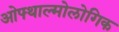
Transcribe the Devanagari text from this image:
ओफ्थाल्मोलोगिक